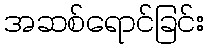
အဆစ်ရောင်ခြင်း